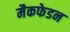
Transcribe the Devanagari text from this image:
मैकफेडन